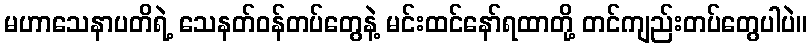
မဟာသေနာပတိရဲ့ သေနတ်ဝန်တပ်တွေနဲ့ မင်းထင်နော်ရထာတို့ တင်ကျည်းတပ်တွေပါပဲ။